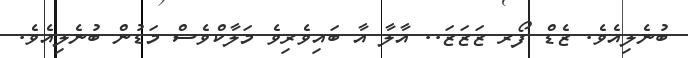
ބުނެލިއެވެ. ޒެޑް ފޯރ ޒަޒަޒަ.. އާލާ އާ ބައިވެރިވެ މަލާކްވެސް މަޑުން ބުނެލިއެވެ.